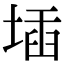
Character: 𡍪